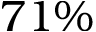
7 1 \%